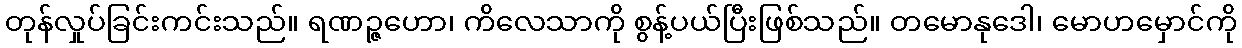
တုန်လှုပ်ခြင်းကင်းသည်။ ရဏဉ္ဇဟော၊ ကိလေသာကို စွန့်ပယ်ပြီးဖြစ်သည်။ တမောနုဒေါ၊ မောဟမှောင်ကို